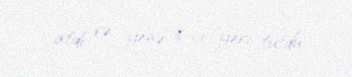
atdı və yenə 6-cı yeri tutdu.